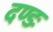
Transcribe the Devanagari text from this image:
दण्डः